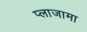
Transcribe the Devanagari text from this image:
प्लाजामा